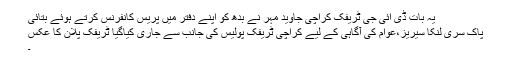
یہ بات ڈی آئی جی ٹریفک کراچی جاوید مہر نے بدھ کو اپنے دفتر میں پریس کانفرنس کرتے ہوئے بتائی
پاک سری لنکا سیریز،عوام کی آگاہی کے لیے کراچی ٹریفک پولیس کی جانب سے جاری کیاگیا ٹریفک پلان کا عکس
۔